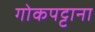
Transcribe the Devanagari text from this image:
गोकपट्टाना